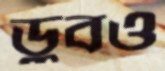
ডুবও